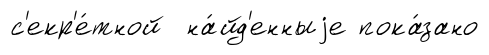
с'екр'е́тной на́йд'енныjе пока́зано